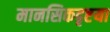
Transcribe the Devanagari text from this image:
मानसिकदृष्टया